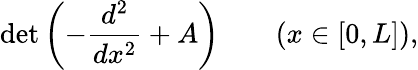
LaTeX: \operatorname*{det}\left(-{\frac{d^{2}}{dx^{2}}}+A\right)\qquad(x\in[0,L]),